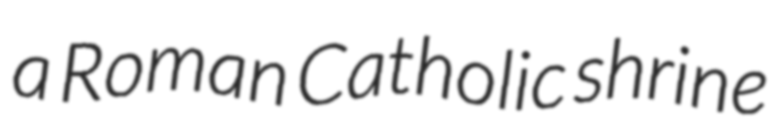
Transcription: a Roman Catholic shrine